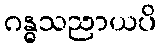
ဂန္ဓသညာယပိ